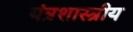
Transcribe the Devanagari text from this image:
यंत्रशास्त्रीय